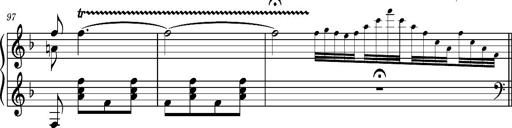
Title: Ungarischer Romanzero
Composer: Franz Liszt